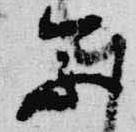
参